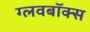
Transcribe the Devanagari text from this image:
ग्लवबॉक्स